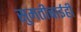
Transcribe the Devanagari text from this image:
सुमतीबाईही